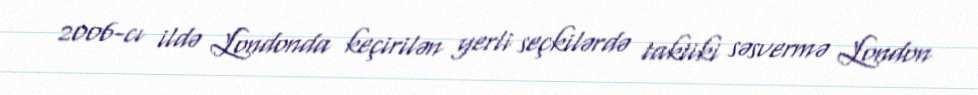
2006-cı ildə Londonda keçirilən yerli seçkilərdə taktiki səsvermə London